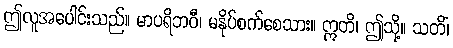
ဤလူအပေါင်းသည်။ မာပရိဘဝီ၊ မနိုပ်စက်စေသား။ ဣတိ၊ ဤသို့။ သတိံ၊